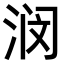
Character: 𫞗